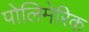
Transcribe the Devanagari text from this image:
पोलिमेरिक